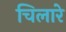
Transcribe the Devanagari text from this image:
चिलारे